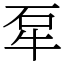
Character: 㸴